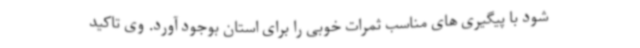
شود با پیگیری های مناسب ثمرات خوبی را برای استان بوجود آورد. وی تاکید